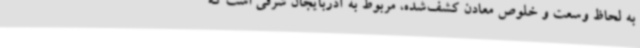
به لحاظ وسعت و خلوص معادن کشف‌شده، مربوط به آذربایجان شرقی است که